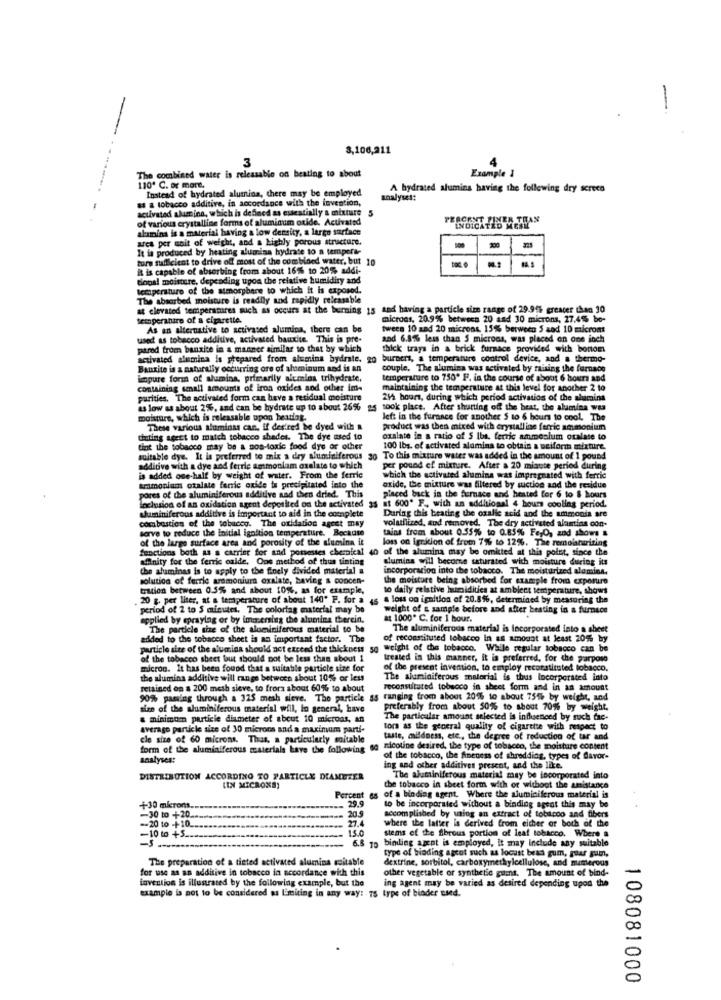
3,106,211
3
4
The combined water is releasable on beating to about
Example 1
110º C. or more.
Instead of hydrated alumina, there may be employed
A hydrated alumina having the following dry screes
a a tobacco additive, in accordance with the invention,
analyses:
activated alum ina, which is defined as essentially a mixture
of various crystalline forms of aluminum oxide. Activated
alumina is a material having a low density, a largo surface
ares per soit of weight, and a highly porous structure.
It is produced by heating aluminn hydrate to a tempere-
200
ture sufficient to drive of most of the combloed water, but 10
it is capable of absorbing from about 16% to 20% addi-
dogal moisture, depending upon the relative humidity and
temperature of the atmosphere to which it is exposed.
The absorbed moisture is readily and rapidly relcasable
at elevated temperatures such as occurs at the burning 15 and having a particle sim range of 29.94% greater than 30
temperature of a cigarette.
microns, 20.9% between 20 aad 30 microns, 27.4% be-
As an alternative to activated alumina, there can be
tweee 10 sad 20 microns. 15% between S aod 10 microm
used as tobacco additive, activated bauxite. This is pre-
and 6.8% less than 5 microns, was placed on one inch
ptred from bauxite in a manner similar to that by which
thick trays in a brick furnace provided with bortom
activated alumina is prepared from alumina bydrale. 20
burners, a temperature control device, and a thermo-
Bauxite in a naturally occurring ore of aluminum and is an
couple, The alumina was activated by raising the furnace
impure for of alumina, primarily alumina trihydrate,
temperature to 750º F. in the course of about 6 hours and
containing small amounts of iron oxides and other im-
maintaining the temperature at this level for another 2 to
purities. The activated form can have a residual moisture
212 hours, during which period activation of the alumina
as low as about 2%, and can be hydrate up to about 26%
took place. After shutting off the beat, the alumina was
moisture, which is releasable upon beatlat.
left in the furance for another $ to 6 hours to cool. The
These various aluminas can, if desired be dyed with a
product was then mixed with crystalline ferric ammonium
disting ageet to match tobacco shader. The dye used to
oxalate in a ratio of S Iba, ferric ammonium oxalate to
tint the tobacco may be a nos-toxic food dye or other
100 lbs. of activated alamina to obtain a neiform mixture.
suitable dye. It is preferred to mix a dry aluminiferous
To this mixture water was added in the amount of 1 pound
additive with a dye and ferrie ammonium osalate to which
per pound of mixture. After a 20 minute period during
is added one-half by weight of water. From the ferrie
which the activated alumina was impregnated with ferric
ammonium oxalate feric oxide ta precipitated into the
oxide, the mixture was filtered by suction and the residue
pores of the aluminiferous additive and then dried. This
Inclusion of an oxidation agent deposited on the activated
at 600* F ., with an additional 4 hours cooling period.
placed back in the furnace and heated for 6 to 8 hours
chuuniniferous additive is important to aid in the complete
During this beating the oxalle acid and the ammonia are
combustion of the tobacco. The oxidation agest may
volutfiized, and removed. The dry activated alamtins con-
serve to reduce the initial ignition temperature. Bockuse
tains from about 0.55% to 0.85% FerO, and shows &
of the large surface area and porosity of the alumina it
loss on igriton of from 7% to 12%. The remoisturizing
functions both as a carrier for and possesses chemical 40 of the alumina may be omitted at this point, since the
afinity for the ferric oxide, Ons method of thus tinting
dlumina will become saturated with moisture during its
the aluminas is to apply to the finely divided material a
incorporation into the tobacco. The moisturized aluminn.
solution of ferrie aremonium oxalate, having & concen-
the moisture being absorbed for example from exporure
tration between 0.5% and about 10%%, as for example,
to daily relative humidities at ambient temperature, shows
20 g. per liter, at a temperature of about 140" P. for a 4s a loss oo ignition of 20.8%, determined by measuring the
period of 2 to 5 minutes. The colortag material may be
weight of & sample before and after beating in a furnace
applied by epraying or by immersing the alumina therein.
at 1000* C. for 1 hour.
The particle size of the alominiferous material to be
The aluminiferous material is incorporated into a sheet
added to the tobacco sheet is an important factor. The
of reconstituted tobacco In as amount at least 20% by
particle size of the aluminn should not exceed the thickness 50
weight of the tobacco. While regular tobacco can be
of the tobacco sheet bout should not be less than about 1
treated in this manner, it is preferred, for the parposo
micron. It has been found that a suitable particle size for
of the present invention, to employ reconstituted tobacco.
the alumina additive will range between about 10%% or less
The aluminiferous material is thus Incorporated into
retained on a 200 mesh sieve, to frora about 60% to about
reconstituted tobacco in sheet form and in an amount
90% paming through a 325 mesh sieve. The particle ss ranging from aboot 20% to about 754% by weight, and
size of the aluminiferous material will, in general, have
preferably from about 50% to about 70%% by weight.
& minimum particle diameter of about 10 microas, An
The particular amount selected is influenced by such fac-
average particle size of 30 microns and a maximum parti-
lors as the general quality of cigaretse with respect to
cle size of 60 microns. Thus, a particularly suitable
taste, mildness, etc ., the degree of reduction of tar and
form of the aluminiferous materials have the following 60
nicotine desired, the type of tobacco, the moisture content
analyses:
of the tobacco, the fineness of shredding, types of favor-
ing and other additives present, and the like.
DISTRIBUTION ACCORDING TO PARTICLE DIAMETER
The aluminiferous material may be incorporated into
(IN MICRONS)
the tobacco in sheet form with or without the amistance
Percent es of a binding agent. Where the aluminiferous material is
29.9
to be incorporated without a binding agent this may be
4-30 mlrom ..
-30 to +20 ...
20.9
accomplished by using an extract of tobacco and fibers
== 20 to -+10 __
27.4
where the latter is derived from either or both of the
15.0
stems of the fibrous portion of leaf tobacco. Where a
-10 to +5.
6.8 10 binding agent is employed, It may Include any suitable
6.8
type of binding agent such as locast beas gum, guar gum,
The preparation of a tinted activated alumina suitable
dextrine, sorbitol, carboxymethylcellulose, and mamerous
for use as an additive in tobacco in accordance with this
other vegetable or synthetic gums. The amount of bind-
vention is illustrated by the following example, but the
ing agent may be varied as desired depending upon the
example is not to be considered as Limiting in any way: 75 type of binder used.
108081000